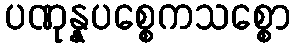
ပဏုန္နပစ္စေကသစ္စော